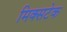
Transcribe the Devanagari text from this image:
मिक्सटेक